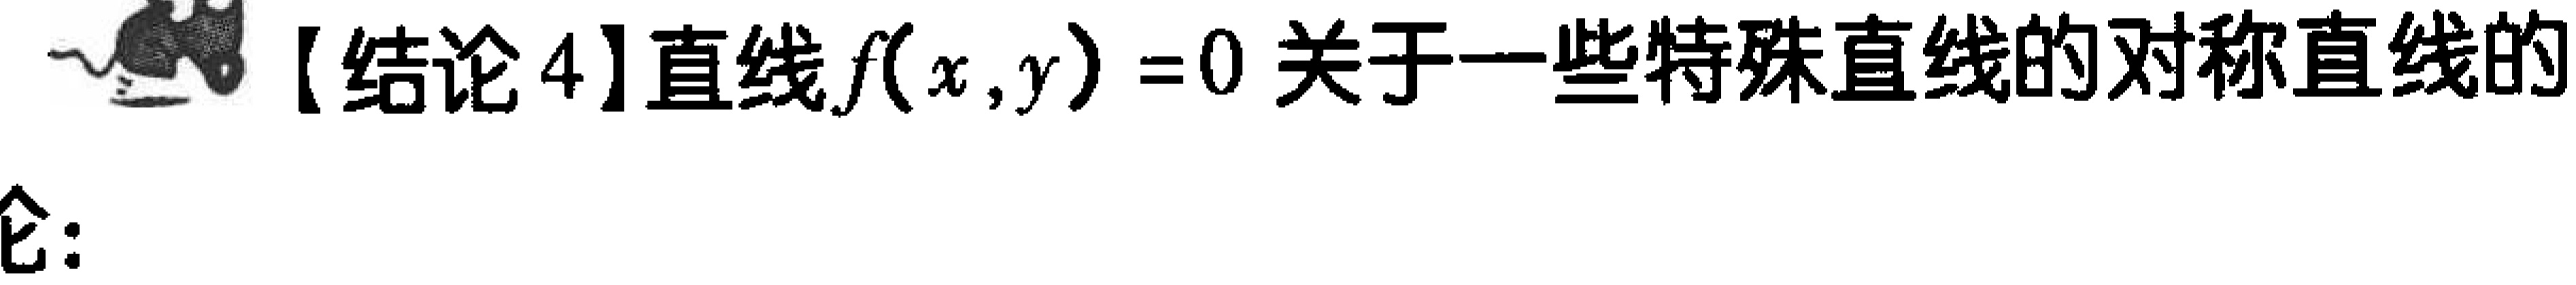
【结论4】直线\(f(x,y)=0\)关于一些特殊直线的对称直线的
仑：